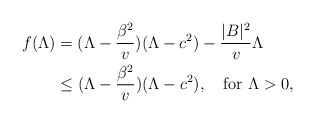
\begin{align*}\begin{aligned}f(\Lambda)&=(\Lambda-\frac{\beta^2}{v})(\Lambda-c^2)-\frac{|B|^2}{v}\Lambda\\&\le (\Lambda-\frac{\beta^2}{v})(\Lambda-c^2),\quad\mbox{for}~ \Lambda>0,\end{aligned}\end{align*}